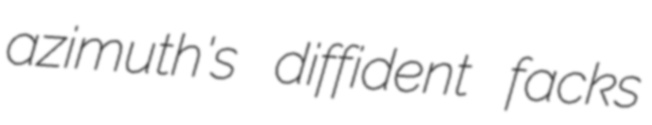
azimuth's diffident facks